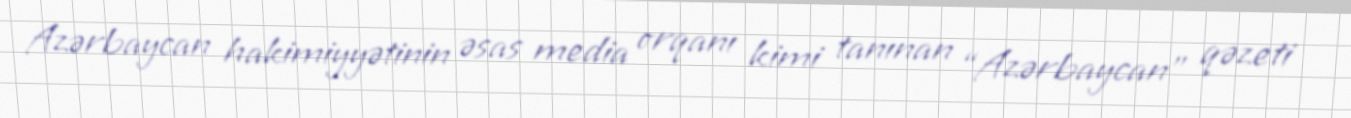
Azərbaycan hakimiyyətinin əsas media orqanı kimi tanınan “Azərbaycan” qəzeti